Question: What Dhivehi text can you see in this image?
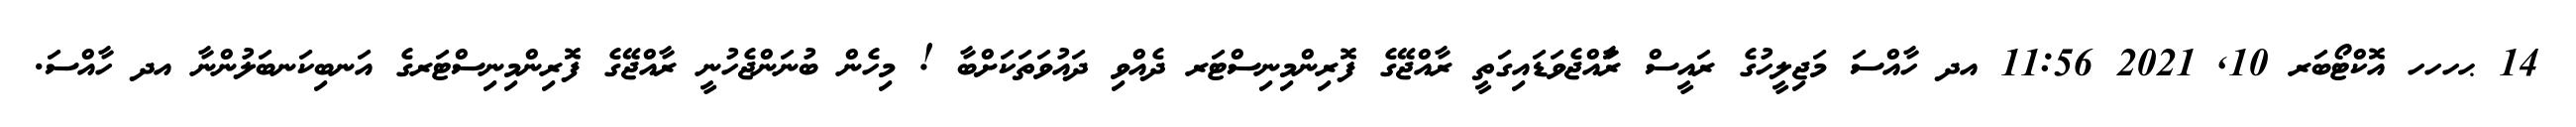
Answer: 14 ޙހހހ އޮކްޓޯބަރ 10, 2021 11:56 އދ ހާއްސަ މަޖިލީހުގެ ރައީސް ރާައްޖެވަޑައިގަތީ ރާއްޖޭގެ ފޮރިންމިނިސްޓަރ ދެއްވި ދައުވަތަކަށްބާ ! މިހެން ބުނަންޖެހުނީ ރާއްޖޭގެ ފޮރިންމިނިސްޓަރގެ އަނބިކަނބަލުންނާ އދ ހާއްސަ.